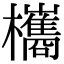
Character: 欈